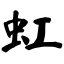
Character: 虹